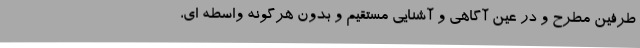
طرفین مطرح و در عین آگاهی و آشنایی مستقیم و بدون هرگونه واسطه ای،